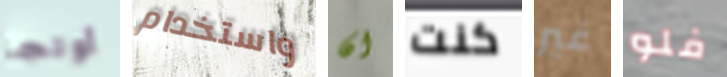
أولجا واستخدام ان كنت غير فلو